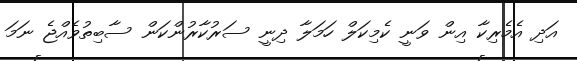
އަދި އެމެރިކާ އިން ވަނީ ކެމިކަލް ހަމަލާ ދިނީ ސަރުކާރުންކަން ސާބިތުވެއްޖެ ނަމަ